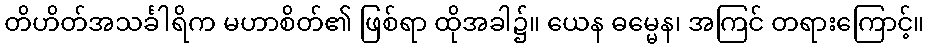
တိဟိတ်အသင်္ခါရိက မဟာစိတ်၏ ဖြစ်ရာ ထိုအခါ၌။ ယေန ဓမ္မေန၊ အကြင် တရားကြောင့်။